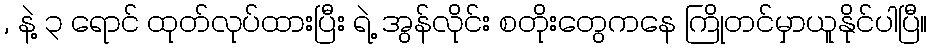
, နဲ့ ၃ ရောင် ထုတ်လုပ်ထားပြီး ရဲ့ အွန်လိုင်း စတိုးတွေကနေ ကြိုတင်မှာယူနိုင်ပါပြီ။